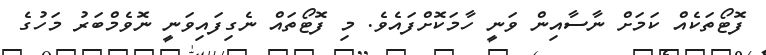
ފޮޓޯތަކެއް ކަމަށް ނާސާއިން ވަނީ ހާމަކޮށްފައެވެ. މި ފޮޓޯތައް ނެގިފައިވަނީ ނޮވެމްބަރު މަހުގެ